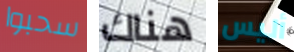
سحبوا هناك أليس